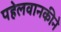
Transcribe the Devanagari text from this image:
पहेलवानकीने